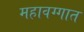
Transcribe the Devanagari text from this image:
महावग्गात